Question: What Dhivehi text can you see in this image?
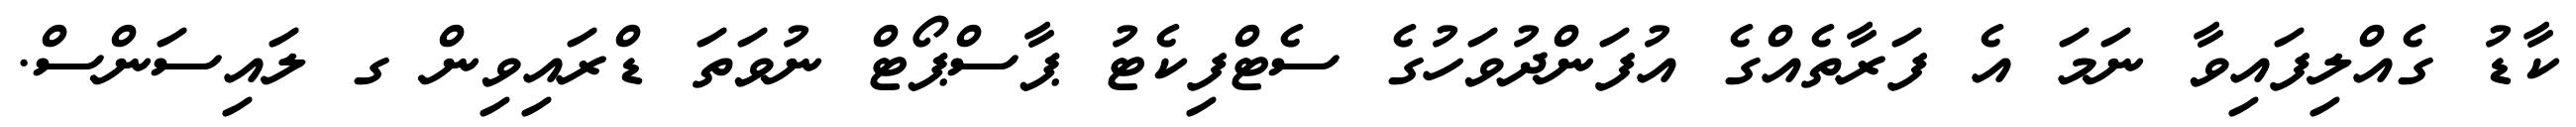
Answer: ކާޑު ގެއްލިފައިވާ ނަމަ އެ ފަރާތެއްގެ އުފަންދުވަހުގެ ސެޓްފިކެޓު ޕާސްޕޯޓް ނުވަތަ ޑްރައިވިން ގ ލައިސަންސް.